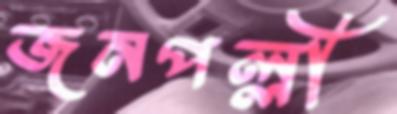
জনপল্লী